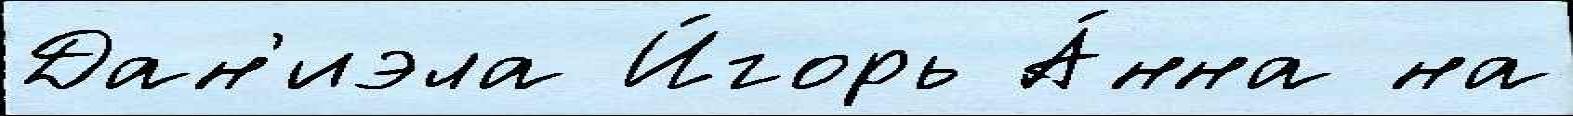
Дан'иэла И́горь А́нна на